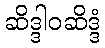
ဆိဒ္ဒါဝဆိဒ္ဒံ